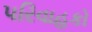
પરિવાહકો